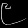
Digit: ၉